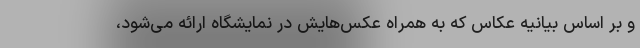
و بر اساس بیانیه‌ عکاس که به همراه عکس‌هایش در نمایشگاه ارائه می‌شود،